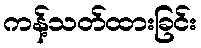
ကန့်သတ်ထားခြင်း